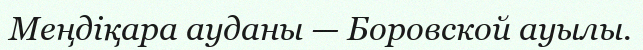
Меңдіқара ауданы — Боровской ауылы.